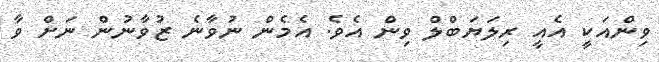
ވިންއަކީ އެއީ ރިލަޔަބްލް ވިން އެވެ. އެމެން ނުވާނެ ޒުވާނުން ނަށް ވާ